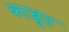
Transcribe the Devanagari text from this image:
कान्जुत